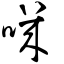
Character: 嘰